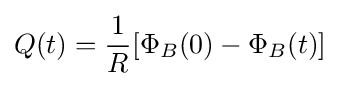
Q(t)={\frac {1}{R}}[\Phi _{B}(0)-\Phi _{B}(t)]